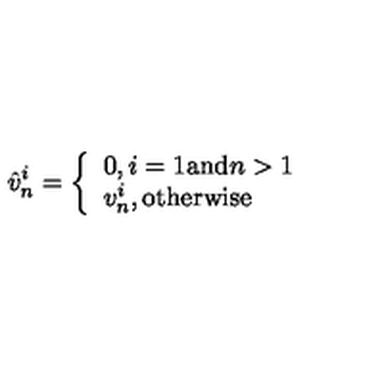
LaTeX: \hat { v } _ { n } ^ { i } = \left\{ \begin{array} { l } { 0 , i = 1 \mathrm { a n d } n > 1 } \\ { v _ { n } ^ { i } , \mathrm { o t h e r w i s e } } \\ \end{array} \right.